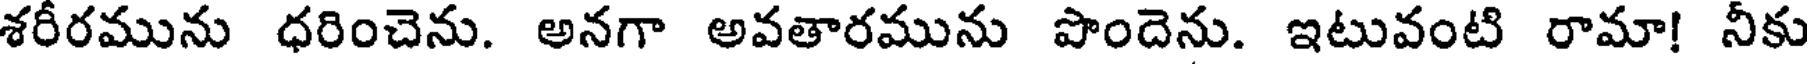
శరీరమును ధరించెను. అనగా అవతారమును పొందెను. ఇటువంటి రామా! నీకు